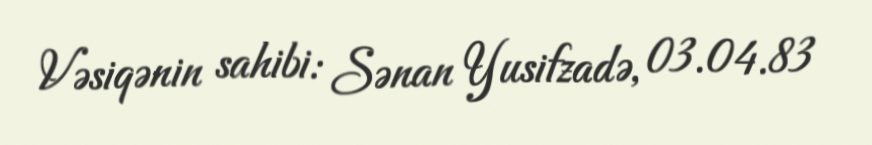
Vəsiqənin sahibi: Sənan Yusifzadə, 03.04.83